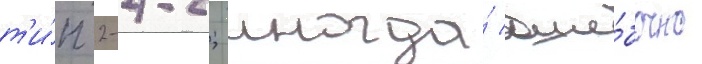
т'и́п 2-4-2; иногда́ оши́бочно